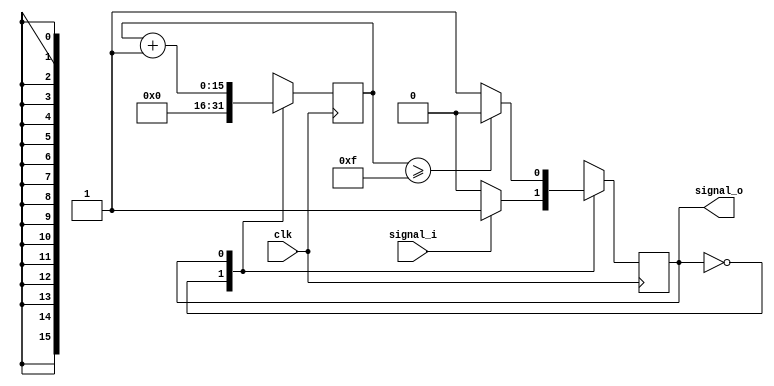
module output_pulse
          (
           clk,
			  signal_i,
			  signal_o
          );
			 
//////////// INPUTS & OUTPUTS ////////////	 
input clk;
input signal_i;
output signal_o;
			 
//////////// PARAMETERS ////////////
parameter COUNT = 15; // with clk of 1.5kHz corresponds to 10ms width

parameter s_idle = 1'b0;
parameter s_out = 1'b1;


//////////// SIGNALS & REGS ////////////
reg[15:0] cnt = 0;
reg state = 0;

//////////// LOGIC ////////////
always @(posedge clk) begin
		case(state)
			s_idle:
			begin
				state <= (signal_i) ? s_out : s_idle;
				cnt  <= 8'b0;
			end
			s_out:
			begin
				state <= (cnt >= COUNT) ? s_idle : s_out;
				cnt <= cnt + 8'b1;
			end
		endcase
end

//////////// OUTPUT ASSIGNS ////////////
assign signal_o = (state == s_out);

endmodule